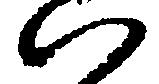
い